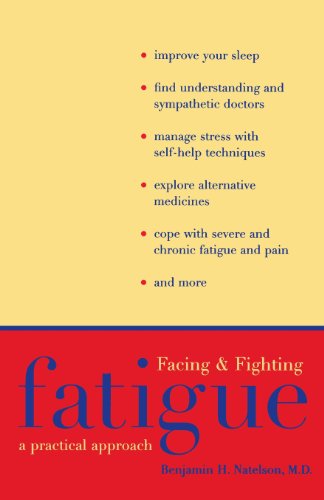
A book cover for Facing and Fighting Fatigue: A Practical Approach (Boswell's Correspondence;7;yale Ed.of); Benjamin Natelson; Health, Fitness & Dieting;